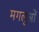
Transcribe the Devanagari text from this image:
मगलुओं